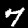
Digit: 7